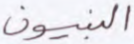
النبيون